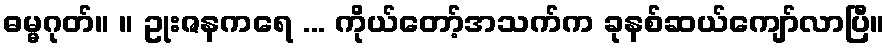
ဓမ္မဂုတ်။ ။ ဥုးဇနကရေ ... ကိုယ်တော့်အသက်က ခုနစ်ဆယ်ကျော်လာပြီ။